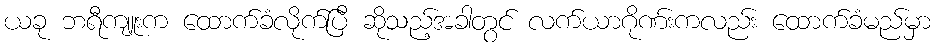
ယခု ဘရီကျူးက ထောက်ခံလိုက်ပြီ ဆိုသည့်အခါတွင် လက်ယာဂိုဏ်းကလည်း ထောက်ခံမည်မှာ